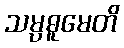
သမ္ပဓူမေတိ